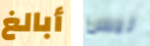
أبالغ ليس